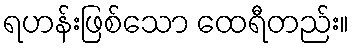
ရဟန်းဖြစ်သော ထေရီတည်း။